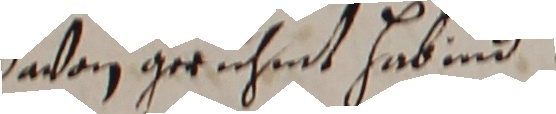
dasan geruhmt habeind.